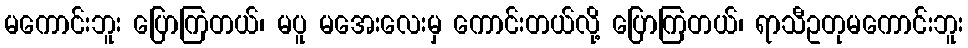
မကောင်းဘူး ပြောကြတယ်၊ မပူ မအေးလေးမှ ကောင်းတယ်လို့ ပြောကြတယ်၊ ရာသီဥတုမကောင်းဘူး